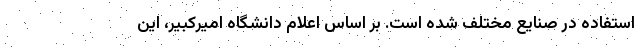
استفاده در صنایع مختلف شده است. بر اساس اعلام دانشگاه امیرکبیر، این